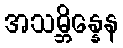
အသမ္ဘိန္နေန